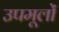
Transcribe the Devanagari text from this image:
उपमूलों